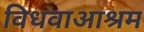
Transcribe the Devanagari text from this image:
विधवाआश्रम